Report on sanitation, dispensaries, and jails in Rajputana for 1919, and on vaccination for the year 1919-1920 - 1919-1920
Year: 1919
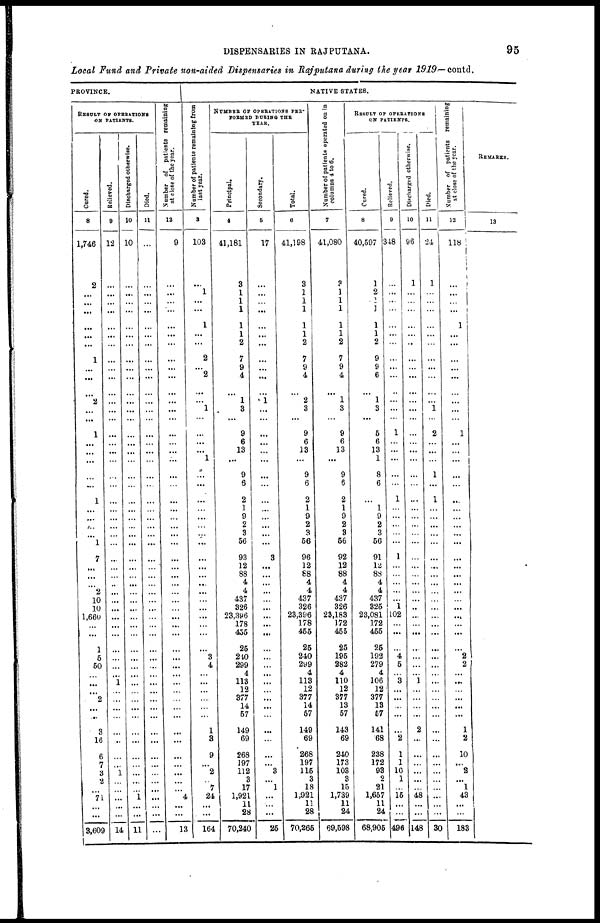
DISPENSARIES IN RAJPUTANA.
95
Local Fund and Private non-aided Dispensaries in Rajputana during the year 1919—contd.
PROVINCE.
RESULTS OF OPERATIONS
ON PATIENTS.
Cured.
8
1,746
2
...
...
...
...
...
...
1
...
...
...
2
...
...
1
...
...
...
...
...
1
...
...
...
...
1
7
...
...
...
2
10
10
1,660
...
...
1
5
50
...
...
...
2
...
...
3
16
6
7
3
2
...
71
...
...
3,609
Relieved.
9
12
...
...
...
...
...
...
...
...
...
...
...
...
...
...
...
...
...
...
...
...
...
...
...
...
...
...
...
...
...
...
...
...
...
...
...
...
...
...
...
...
1
...
...
...
...
...
...
...
...
1
...
...
...
...
...
14
Discharged otherwise.
10
10
...
...
...
...
...
...
...
...
...
...
...
...
...
...
...
...
...
...
...
...
...
...
...
...
...
...
...
...
...
...
...
...
...
...
...
...
...
...
...
...
...
...
...
...
...
...
...
...
...
...
...
...
1
...
...
11
Died.
11
...
...
...
...
...
...
...
...
...
...
...
...
...
...
...
...
...
...
...
...
...
...
...
...
...
...
...
...
...
...
...
...
...
...
...
...
...
...
...
...
...
...
...
...
...
...
...
...
...
...
...
...
...
...
...
...
...
Number of patients remaining
at close of the year.
12
9
...
...
...
...
...
...
...
...
...
...
...
...
...
...
...
...
...
...
...
...
...
...
...
...
...
...
...
...
...
...
...
...
...
...
...
...
...
...
...
...
...
...
...
...
...
...
...
...
...
...
...
...
4
...
...
13
NATIVE STATES.
Number of patients remaining from
last year.
3
103
...
1
...
...
1
...
...
2
...
2
...
...
1
...
...
...
...
1
...
...
...
...
...
...
...
...
...
...
...
...
...
...
...
...
...
...
...
3
4
...
...
...
...
...
...
1
3
9
...
2
...
7
24
...
...
164
NUMBER OF OPERATIONS PER¬
FORMED DURING THE
YEAR.
Principal.
4
41,181
3
1
1
1
1
1
2
7
9
4
...
1
3
...
9
6
13
...
9
6
2
1
9
2
3
56
93
12
88
4
4
437
326
23,396
178
455
25
240
299
4
113
12
377
14
57
149
69
268
197
112
3
17
1,921
11
28
70,240
Secondary.
5
17
...
...
...
...
...
...
...
...
...
...
...
1
...
...
...
...
...
...
...
...
...
...
...
...
...
...
3
...
...
...
...
...
...
...
...
...
...
...
...
...
...
...
...
...
...
...
...
...
...
3
...
1
...
...
...
25
Total.
6
41,198
3
1
1
1
1
1
2
7
9
4
...
2
3
...
9
6
13
...
9
6
2
1
9
2
3
56
96
12
88
4
4
437
326
23,396
178
455
25
240
299
4
113
12
377
14
57
149
69
268
197
115
3
18
1,921
11
28
70,265
Number of patients operated on in
columns 4 to 6.
7
41,080
3
1
1
1
1
1
2
7
9
4
...
1
3
...
9
6
13
...
9
6
2
1
9
2
3
56
92
12
88
4
4
437
326
23,183
172
455
25
195
282
4
110
12
377
13
57
143
69
240
173
103
3
15
1,739
11
24
69,598
RESULT OF OPERATIONS
ON PATIENTS.
Cured.
8
40,597
1
2
...
1
1
1
2
9
9
6
...
1
3
...
5
6
13
1
8
6
...
1
9
2
3
56
91
12
88
4
4
437
325
23,081
172
455
25
192
279
4
106
12
377
13
57
141
68
238
172
93
2
21
1,657
11
24
68,905
Relieved.
9
348
...
...
...
...
...
...
...
...
...
...
...
...
...
...
1
...
...
...
...
...
1
...
...
...
...
...
1
...
...
...
...
...
1
102
...
...
...
4 5
...
3
...
...
...
...
...
2
1
1
10
1
...
15
...
...
496
Discharged otherwise.
10
96
1
...
...
...
...
...
...
...
...
...
...
...
...
...
...
...
...
...
...
...
...
...
...
...
...
...
...
...
...
...
...
...
...
...
...
...
...
...
...
...
1
...
...
...
...
2
...
...
...
...
...
...
48
...
...
148
Died.
11
24
1
...
...
...
...
...
...
...
...
...
...
...
1
...
2
...
...
...
1
...
1
...
...
...
...
...
...
...
...
...
...
...
...
...
...
...
...
...
...
...
...
...
...
...
...
...
...
...
...
...
...
...
...
...
...
30
Number of patients remaining
at close of the year.
12
118
...
...
...
...
1
...
...
...
...
...
...
...
...
...
1
...
...
...
...
...
...
...
...
...
...
...
...
...
...
...
...
...
...
...
...
...
...
2
2
...
...
...
...
...
...
1
2
10
...
2
...
1
43
...
...
183
REMARKS.
13